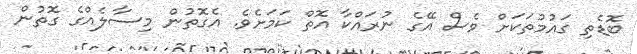
ބޮޑެތި ގައުމުތަކަށް ވެސް އޭގެ ނުރައްކާ އޮތް ކަމަށެވެ. އެގޮތުން މިސާލެއްގެ ގޮތުން